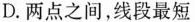
D.两点之间，线段最短